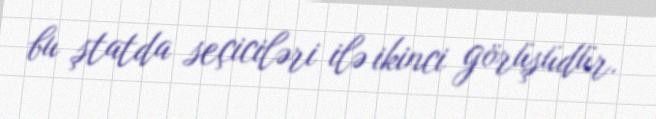
bu ştatda seçiciləri ilə ikinci görüşüdür.